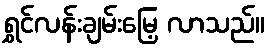
ရွှင်လန်းချမ်းမြေ့ လာသည်။